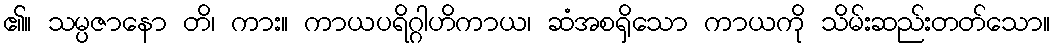
၏။ သမ္ပဇာနော တိ၊ ကား။ ကာယပရိဂ္ဂါဟိကာယ၊ ဆံအစရှိသော ကာယကို သိမ်းဆည်းတတ်သော။